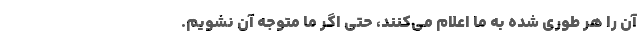
آن را هر طوری شده به ما اعلام می‌کنند، حتی اگر ما متوجه آن نشویم.